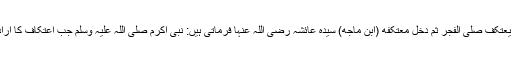
ارشاد نبوی ہے: عن عائشة رضی الله عنها قالت: کان رسول اللّٰه اذا اراد ان یعتکف صلّی الفجر ثم دخل معتکفه (ابن ماجه) سیدہ عائشہ رضی اللہ عنہا فرماتی ہیں: نبی اکرم صلی اللہ علیہ وسلم جب اعتکاف کا ارادہ کرتے تو فجر کی نماز پڑھ کر اپنی اعتکاف کی جگہ میں داخل ہوتے‘‘۔